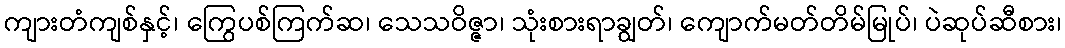
ကျားတံကျစ်နှင့်၊ ကြွေပစ်ကြက်ဆ၊ သေသဝိဇ္ဇာ၊ သုံးစားရာချွတ်၊ ကျောက်မတ်တိမ်မြုပ်၊ ပဲဆုပ်ဆီစား၊